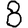
Digit: 8